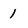
Character: 1